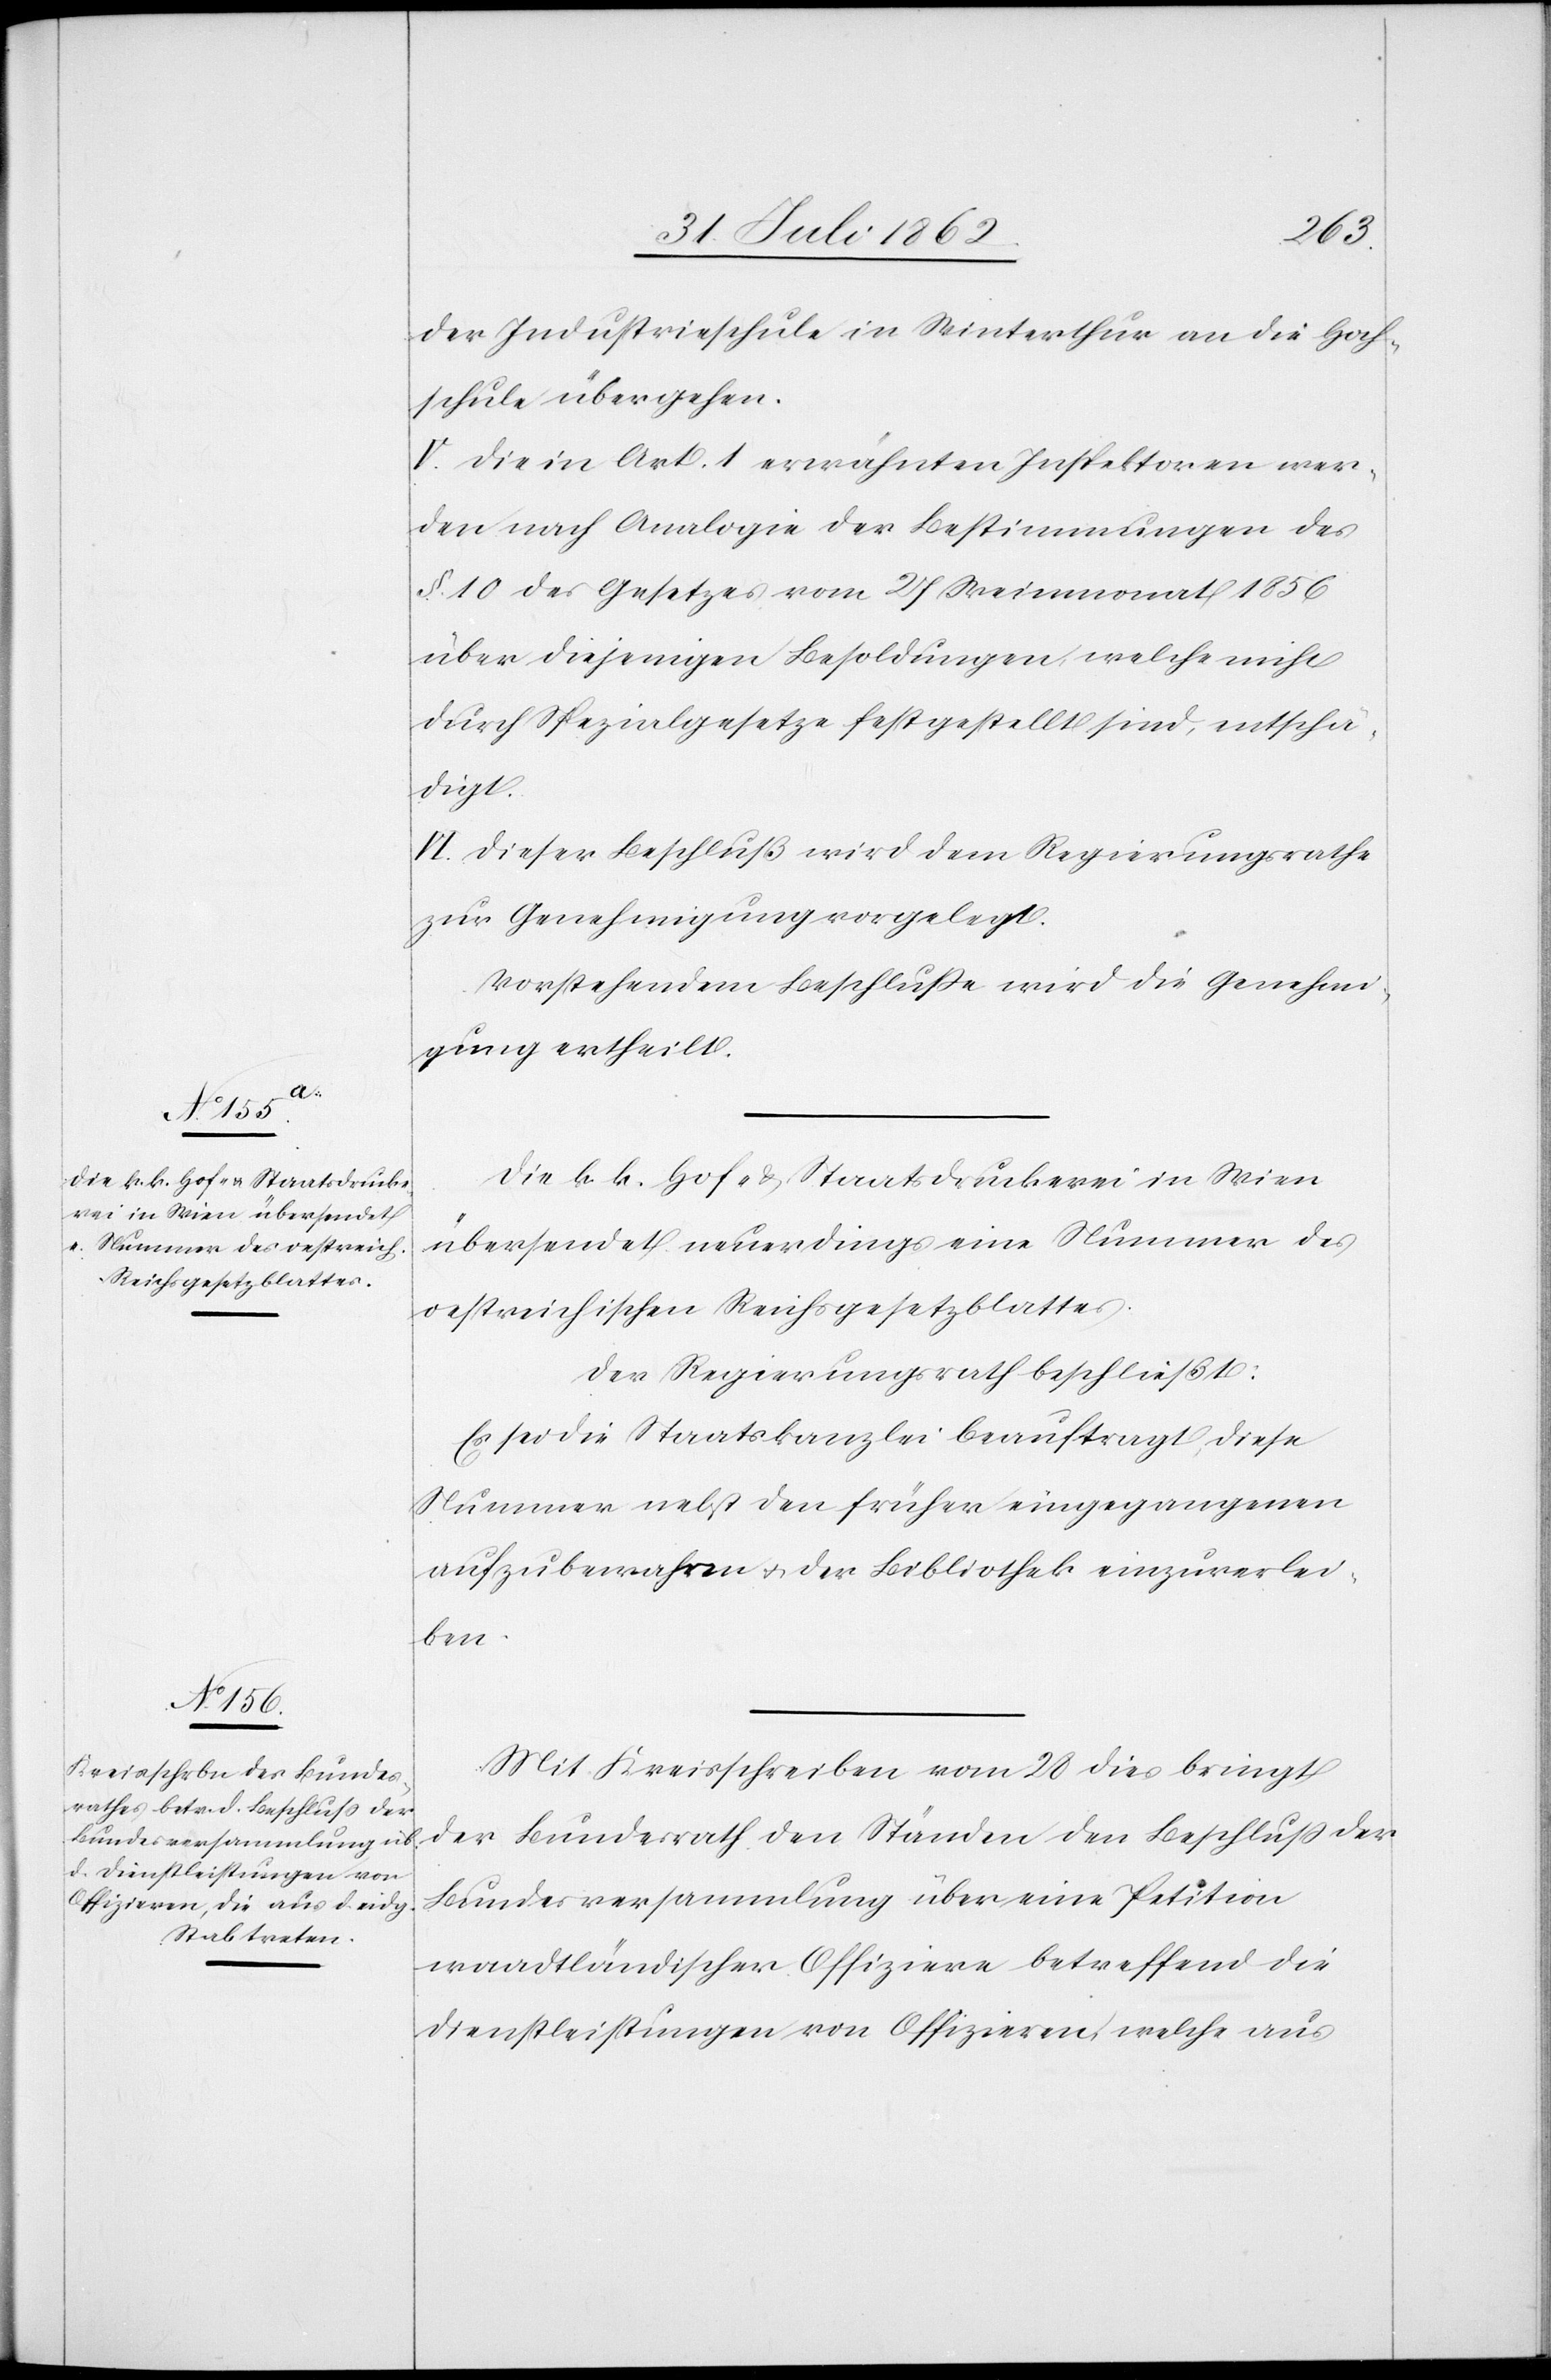
der Industrieschule in Winterthur an die Hoch¬
schule übergehen.
V. Die in Art. 1 erwähnten Inspektoren wer¬
den nach Analogie der Bestimmungen des
§ 10 des Gesetzes vom 27. Weinmonat 186
über diejenigen Besoldungen, welche nicht
durch Spezialgesetze festgestellt sind, entschä¬
digt.
VI. Dieser Beschluß wird dem Regierungsrathe
zur Genehmigung vorgelegt.
Vorstehendem Beschluße wird die Genehmi¬
gung ertheilt.
Die k. k. Hof- und Staatsdruckerei in Wien
übersendet neuerdings eine Nummer des
oestreichischen Reichsgesetzblattes.
Der Regierungsrath beschließt:
Es sei die Staatskanzlei beauftragt, diese
Nummer nebst den früher eingegangenen
aufzubewahren u. der Bibliothek einzuverlei¬
ben.
Mit Kreisschreiben vom 28. dies bringt
der Bundesrath den Ständen den Beschluß der
Bundesversammlung über eine Petition
waadtländischer Offiziere betreffend die
Dienstleistungen von Offizieren, welche aus